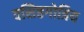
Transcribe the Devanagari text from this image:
वसिष्ठगोत्रिय